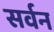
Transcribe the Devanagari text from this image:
सर्वन